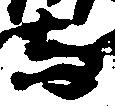
与